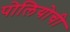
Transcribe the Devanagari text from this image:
पोलियोची